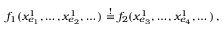
\begin{array} { r } { f _ { 1 } ( x _ { e _ { 1 } } ^ { 1 } , \dots , x _ { e _ { 2 } } ^ { 1 } , \dots ) \stackrel { ! } { = } f _ { 2 } ( x _ { e _ { 3 } } ^ { 1 } , \dots , x _ { e _ { 4 } } ^ { 1 } , \dots ) \, , } \end{array}